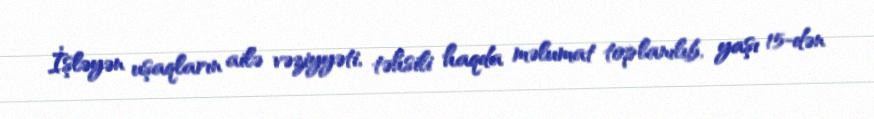
İşləyən uşaqların ailə vəziyyəti, təhsili haqda məlumat toplanılıb, yaşı 15-dən